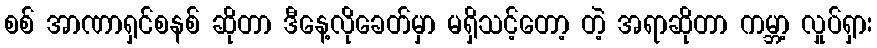
စစ် အာဏာရှင်စနစ် ဆိုတာ ဒီနေ့လိုခေတ်မှာ မရှိသင့်တော့ တဲ့ အရာဆိုတာ ကမ္ဘာ့ လှုပ်ရှား